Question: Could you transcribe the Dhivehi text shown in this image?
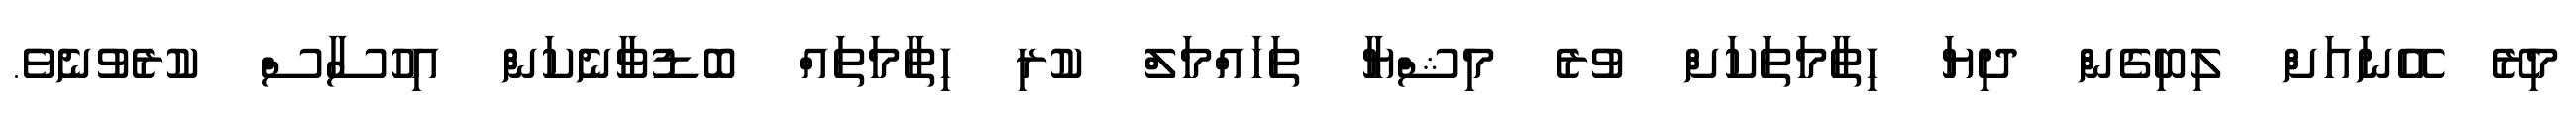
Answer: މިރޭ އޭނައަށް ލިބިގެން ދިޔަ ހިތާމަތަކަށް ވުރެ މިޝްޔާ ތަހައްމަލް ކުރި ހިތާމަތައް ބޮޑުވާނެކަން އިހުސާސް ކުރެވުނެވެ.